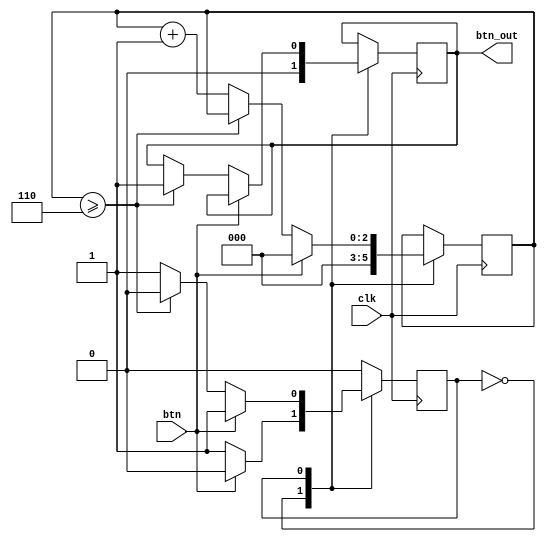
module btn_cnt(btn,clk,btn_out);
input clk,btn;
output reg btn_out;
reg state=0;
reg [2:0]btncnt;

localparam
  s0 = 0,
  s1 = 1;
always@(posedge clk)
  case(state)
    s0: begin
	  btncnt <= 0; btn_out <= 0;
	  if(btn == 0) state <= s1;
	  end
	 s1: if(btn==0)
	      if(btncnt>=6)begin
			
			state <= s0; btn_out <=1;
			
			end
			else btncnt <= btncnt + 1;
		  else btncnt<=0;
	 endcase
endmodule